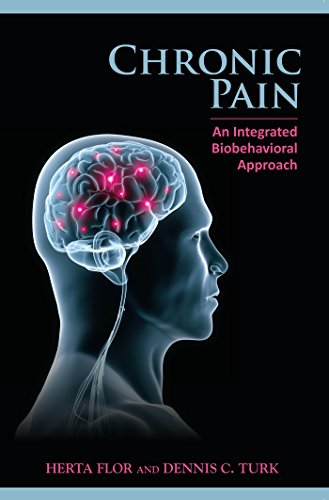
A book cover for Chronic Pain: An Integrated Biobehavioral Approach; Herta Flor PhD; Health, Fitness & Dieting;